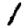
Digit: 1